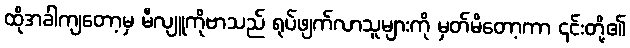
ထိုအခါကျတော့မှ မီလျူကိုဗာသည် ရုပ်ဖျက်လာသူများကို မှတ်မိတော့ကာ ၎င်းတို့၏